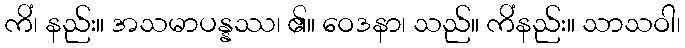
ကိံ၊ နည်း။ အသမာပန္နဿ၊ ၏။ ဝေဒနာ၊ သည်။ ကိံနည်း။ သာသဝါ၊